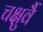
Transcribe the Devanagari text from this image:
चक्षुर्वै